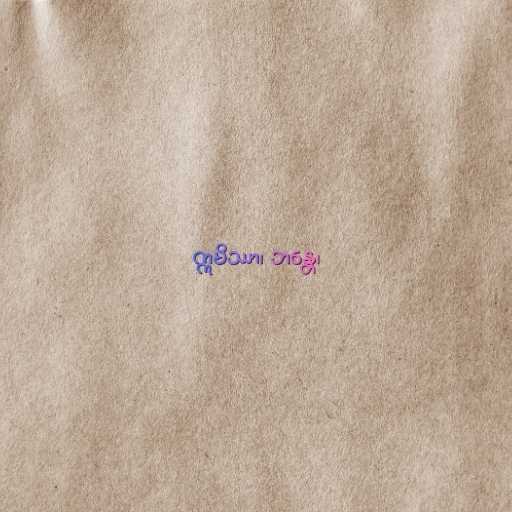
ဣမိဿာ၊ ဘန္တေ၊